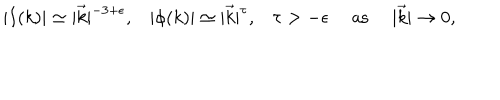
\begin{array} { c c c c c } { { | I ( k ) | \simeq | \vec { k } | ^ { - 3 + \epsilon } , } } & { { | \phi ( k ) | \simeq | \vec { k } | ^ { \tau } , } } & { { \tau > - \epsilon } } & { { \mathrm { \ a s \ } } } & { { | \vec { k } | \rightarrow 0 , } } \\ \end{array}